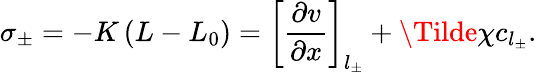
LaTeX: \sigma_{\pm}=-K\left(L-L_{0}\right)=\left[\frac{\partial v}{\partial x}\right]_{l_{\pm}}+\Tilde{\chi}c_{l_{\pm}}.